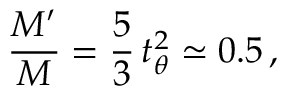
{ \frac { M ^ { \prime } } { M } } = { \frac { 5 } { 3 } } \, t _ { \theta } ^ { 2 } \simeq 0 . 5 \, ,